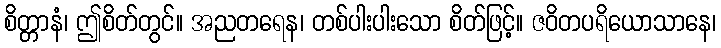
စိတ္တာနံ၊ ဤစိတ်တွင်။ အညတရေန၊ တစ်ပါးပါးသော စိတ်ဖြင့်။ ဇဝိတပရိယောသာနေ၊